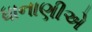
ધાનાણીએ